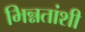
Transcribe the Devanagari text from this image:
भिन्नतांशी